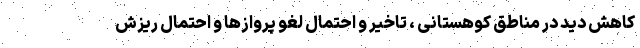
کاهش دید در مناطق کوهستانی ، تاخیر و احتمال لغو پروازها و احتمال ریزش